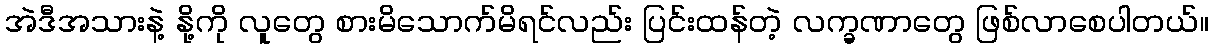
အဲဒီအသားနဲ့ နို့ကို လူတွေ စားမိသောက်မိရင်လည်း ပြင်းထန်တဲ့ လက္ခဏာတွေ ဖြစ်လာစေပါတယ်။